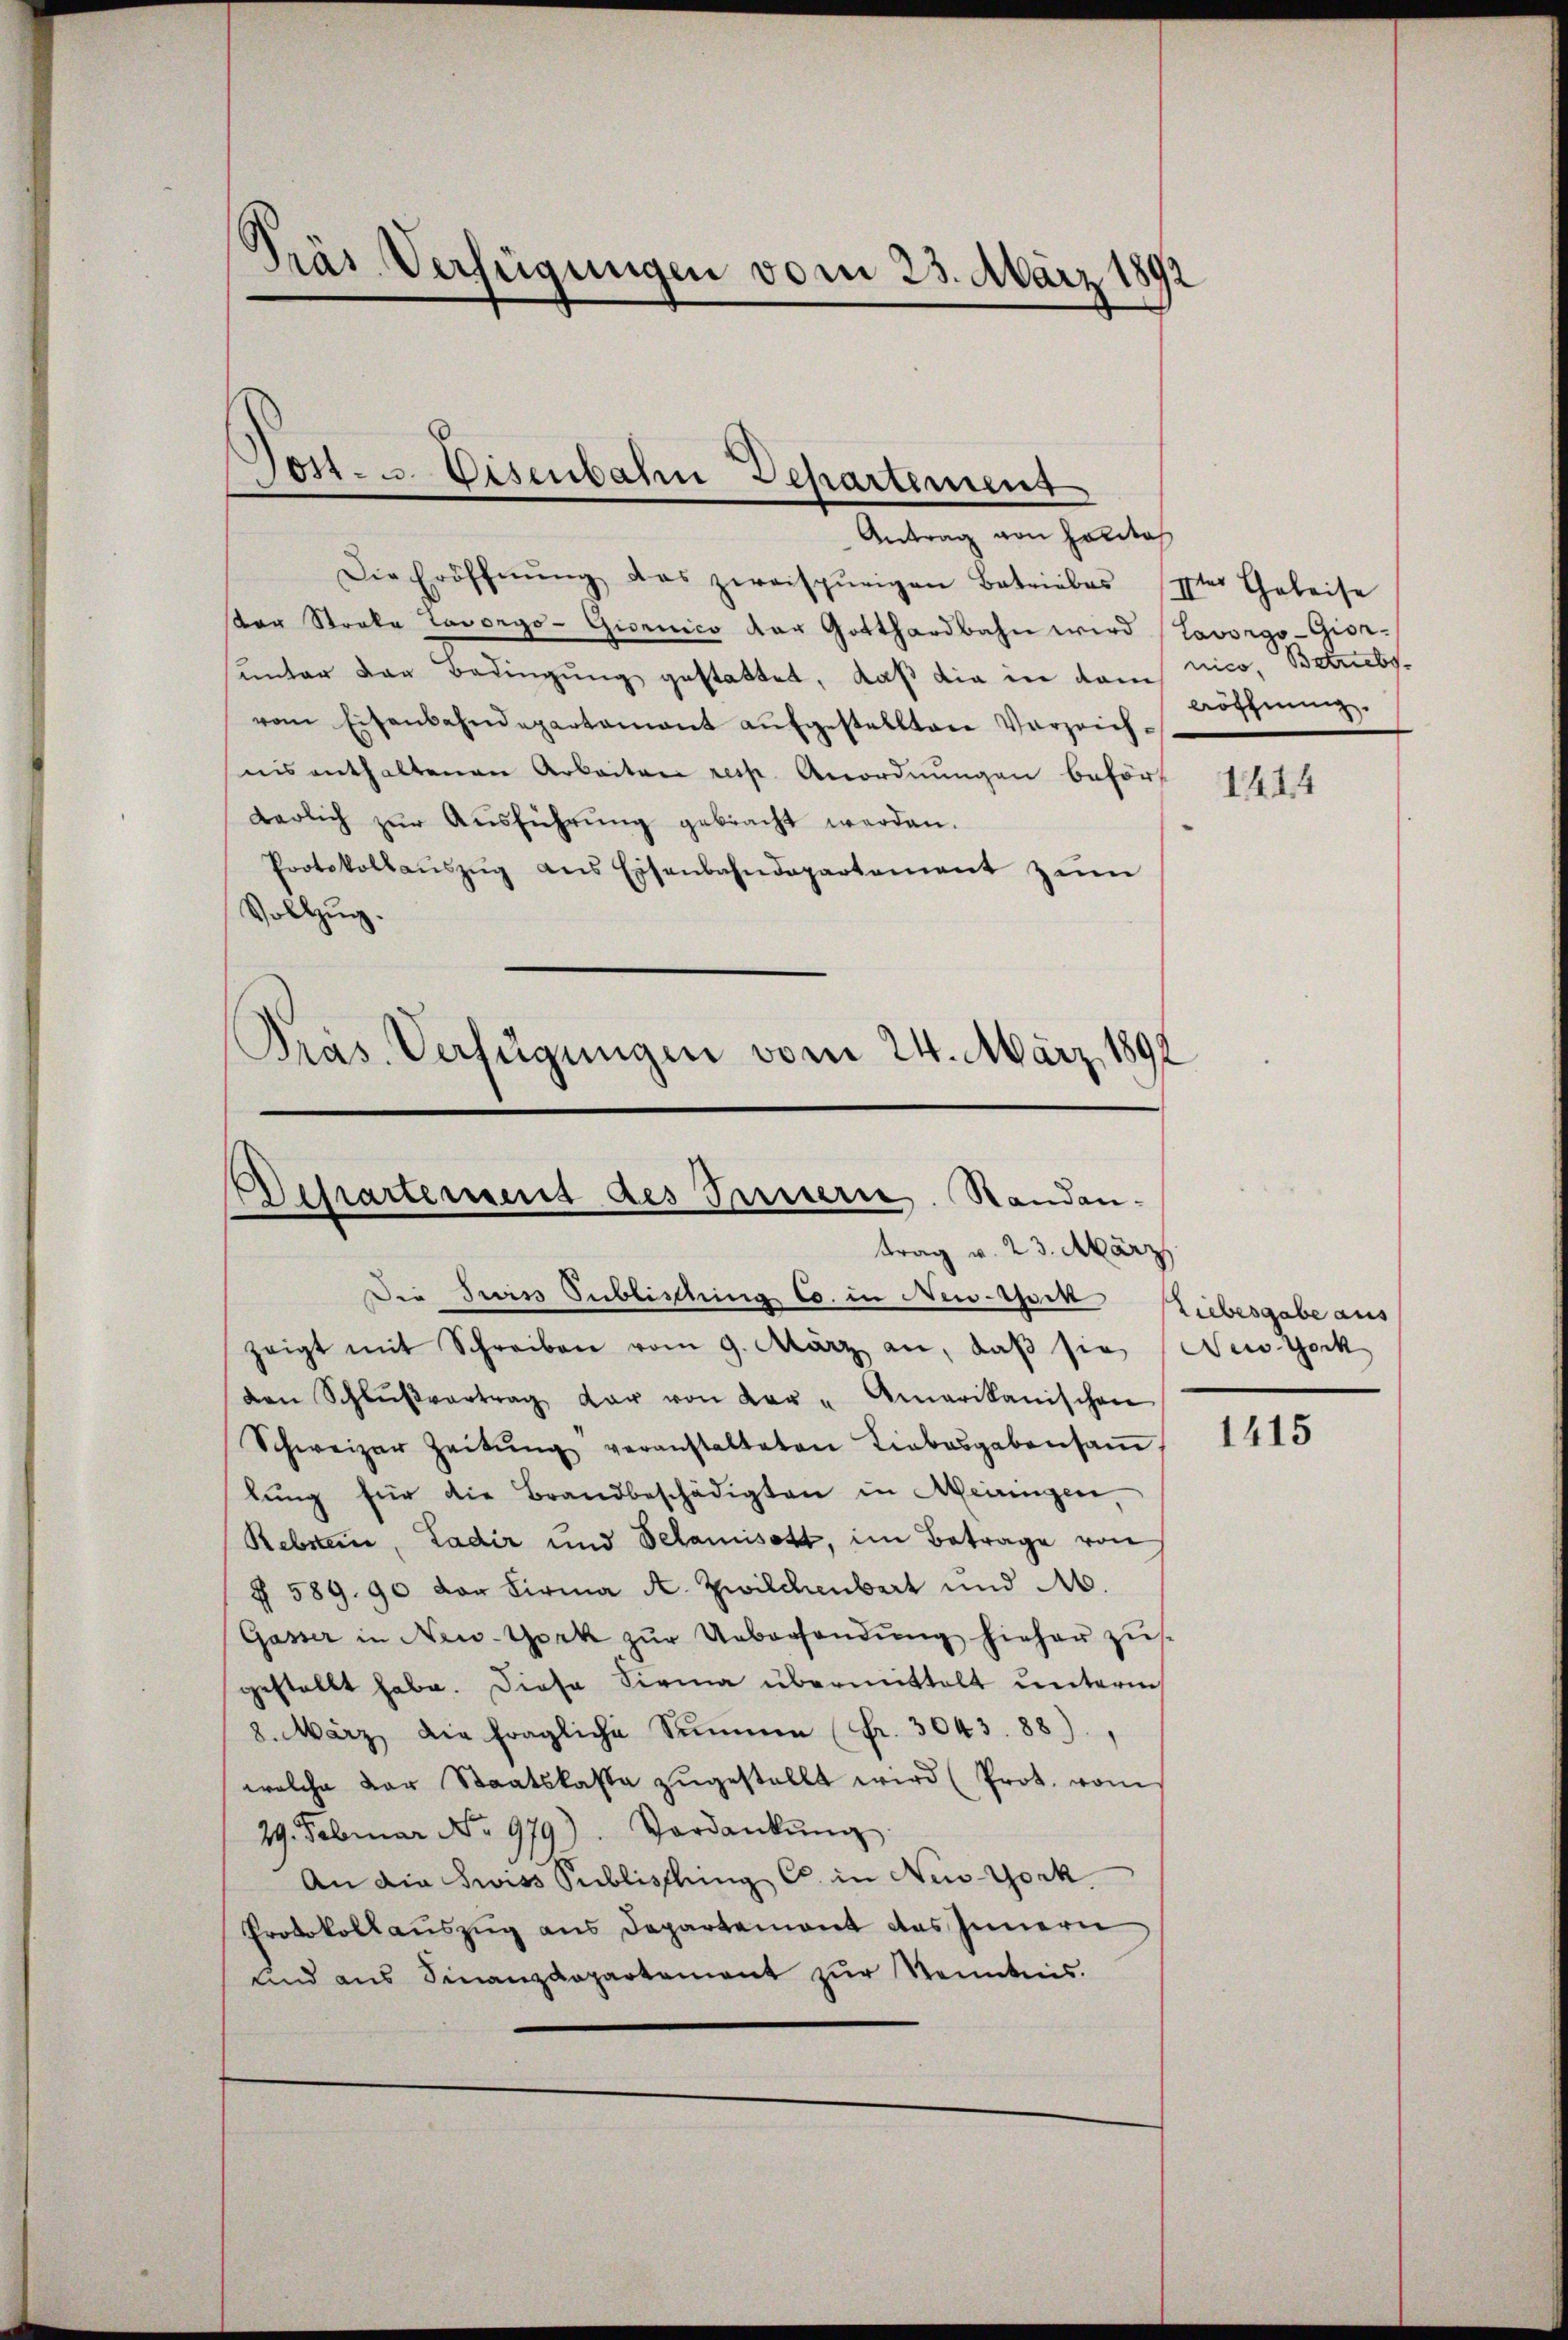
Antrag von Holitas
Die Eröffnŭng das zweispŭrigen Betriebes 1ter Geleise
ster Stroka Lavorgo-Gioenico der Gotthardbahn wird (Lavorgo-Gion-
sunter der Bedingung gestattet, daß die in dem nico, Betriebs
vom Eisenbahndepartamant aŭfgestellten Verzeichnis enthaltenen Arbeiten resp. Anordnŭngen beför
1444
tarlich zŭr Aŭsführŭng gebracht werden.
Protokollaŭszŭg ans Eisenbahndepartement zŭm
Vollzug.
Präs. Verfügungen vom 24. März 1891

Pras Verfügungen vom 23. März
1892

Post- u. Eisenbahn Departemens

Departement des Innern. Standantrag v. 23. März

Die Juris Publisching Co. in New-York
zeigt mit Schreiben vom 9. März an, daβ sie New-York
ven Schlŭβvertrag dar von der - Amerikanischen
Schweizer Zeitŭng veranstalteten Liebesgabensaṁ
lung für die Brandbeschädigten in Meiringen,
Rebstein, Ladir und Selamisott, im Betrage von
§ 589. 90 der Firma A. Zwilchenbart und M.
Gasser in New-York zŭr Uebersendŭng hieher zus
gestellt habe. Diese Sirma übermittelt unterm
8. März die fragliche Summen (Fr. 3043. 88),
welche der Staatskassa zŭgestellt wird (Prot. vom
29. Februar No. 979). Verdankŭng
An die wiss Publisshing C. in New-York
Protokollauszug aus Departement des Innern
und aus Finanzdepartement zur Kenntnis.

löthnung.

Ziebesgabe aus

1415